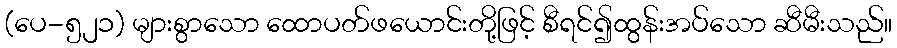
(ပေ-၅၂၁) များစွာသော ထောပတ်ဖယောင်းတို့ဖြင့် စီရင်၍ထွန်းအပ်သော ဆီမီးသည်။